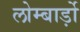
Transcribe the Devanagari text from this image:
लोम्बार्ड़ो